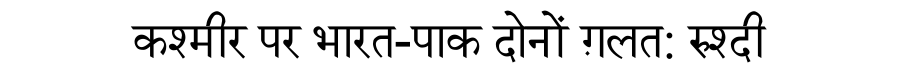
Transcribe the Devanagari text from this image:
कश्मीर पर भारत-पाक दोनों ग़लत: रुश्दी